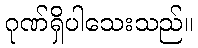
ဂုဏ်ရှိပါသေးသည်။